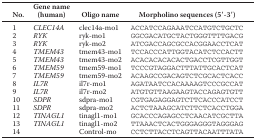
<table><thead><tr><td><b>No.</b></td><td><b>Gene name (human)</b></td><td><b>Oligo name</b></td><td><b>Morpholino sequences (5′-3′)</b></td></tr></thead><tbody><tr><td>1</td><td><i>CLEC14A</i></td><td>clec14a-mo1</td><td>ACCATCCAGAAATCCATGTCTGCTC</td></tr><tr><td>2</td><td><i>RYK</i></td><td>ryk-mo1</td><td>GGCGACATGCTACTGGGTTTTGACG</td></tr><tr><td>3</td><td><i>RYK</i></td><td>ryk-mo2</td><td>ATCGACCAGCGCCACGGAACCTCAT</td></tr><tr><td>4</td><td><i>TMEM43</i></td><td>tmem43-mo1</td><td>TCCACCCATTGGTACATCTCCACTT</td></tr><tr><td>5</td><td><i>TMEM43</i></td><td>tmem43-mo2</td><td>ACACACACACACTGACCTCGTTGGT</td></tr><tr><td>6</td><td><i>TMEM59</i></td><td>tmem59-mo1</td><td>TCCCGTAGGACTTTATTGCACTCAT</td></tr><tr><td>7</td><td><i>TMEM59</i></td><td>tmem59-mo2</td><td>ACAAGCCGACAGTCTCGCACTCACC</td></tr><tr><td>8</td><td><i>IL7R</i></td><td>il7r-mo1</td><td>AGATAATCCACAAAAGTCCCGCCAT</td></tr><tr><td>9</td><td><i>IL7R</i></td><td>il7r-mo2</td><td>ATGTGTTAAGAAGTACCAGAGTGTT</td></tr><tr><td>10</td><td><i>SDPR</i></td><td>sdpra-mo1</td><td>CGTGAGAGGAGTCTTCACCCATCCT</td></tr><tr><td>11</td><td><i>SDPR</i></td><td>sdpra-mo2</td><td>ACTCTAAAGCATCTTCTCACCTGGA</td></tr><tr><td>12</td><td><i>TINAGL1</i></td><td>tinagl1-mo1</td><td>GCACCCAGAGCCTCAACATCGCTTA</td></tr><tr><td>13</td><td><i>TINAGL1</i></td><td>tinagl1-mo2</td><td>TTAAACTCACTGGGAGGGTAGGGAG</td></tr><tr><td>14</td><td></td><td>Control-mo</td><td>CCTCTTACCTCAGTTACAATTTATA</td></tr></tbody></table>